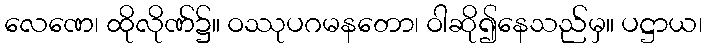
လေဏေ၊ ထိုလိုဏ်၌။ ဝဿုပဂမနတော၊ ဝါဆို၍နေသည်မှ။ ပဋ္ဌာယ၊